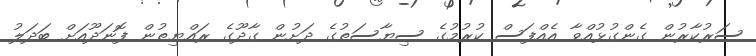
ސަރުކާރުން ގެންގުޅުއްވާ އެއްފަސް ކުރުމުގެ ސިޔާސަތުގެ ދަށުން ގާދޫގެ ރައްޔިތުން ފޮނަދޫއަށް ބަދަލު